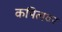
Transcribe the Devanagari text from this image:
कपिलवर